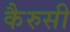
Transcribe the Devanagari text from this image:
कैरुसी